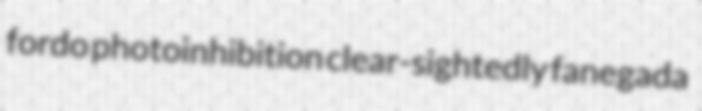
fordo photoinhibition clear-sightedly fanegada